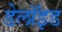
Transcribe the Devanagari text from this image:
डेलॉइड